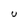
Character: U